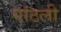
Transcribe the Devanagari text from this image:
गांठली